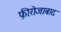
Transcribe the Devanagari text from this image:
फ़ीरोजाबाद